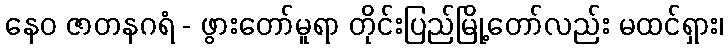
နေဝ ဇာတနဂရံ - ဖွားတော်မူရာ တိုင်းပြည်မြို့တော်လည်း မထင်ရှား၊